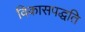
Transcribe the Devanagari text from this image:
विकासपद्धति